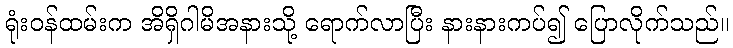
ရုံးဝန်ထမ်းက အိရှိဂါမိအနားသို့ ရောက်လာပြီး နားနားကပ်၍ ပြောလိုက်သည်။